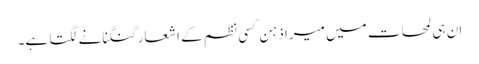
ان ہی لمحات میں میرا ذہن کسی نظم کے اشعار گنگنانے لگتا ہے۔